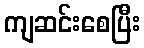
ကျဆင်းစေပြီး